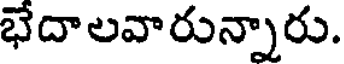
భేదాలవారున్నారు.